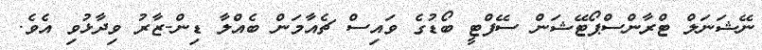
ނޭޝަނަލް ޓްރާންސްޕޯޓޭޝަން ސޭފްޓީ ބޯޑުގެ ވައިސް ޗެއާމަން ބެއްލާ ޑިން-ޒާރު ވިދާޅުވި އެވެ.